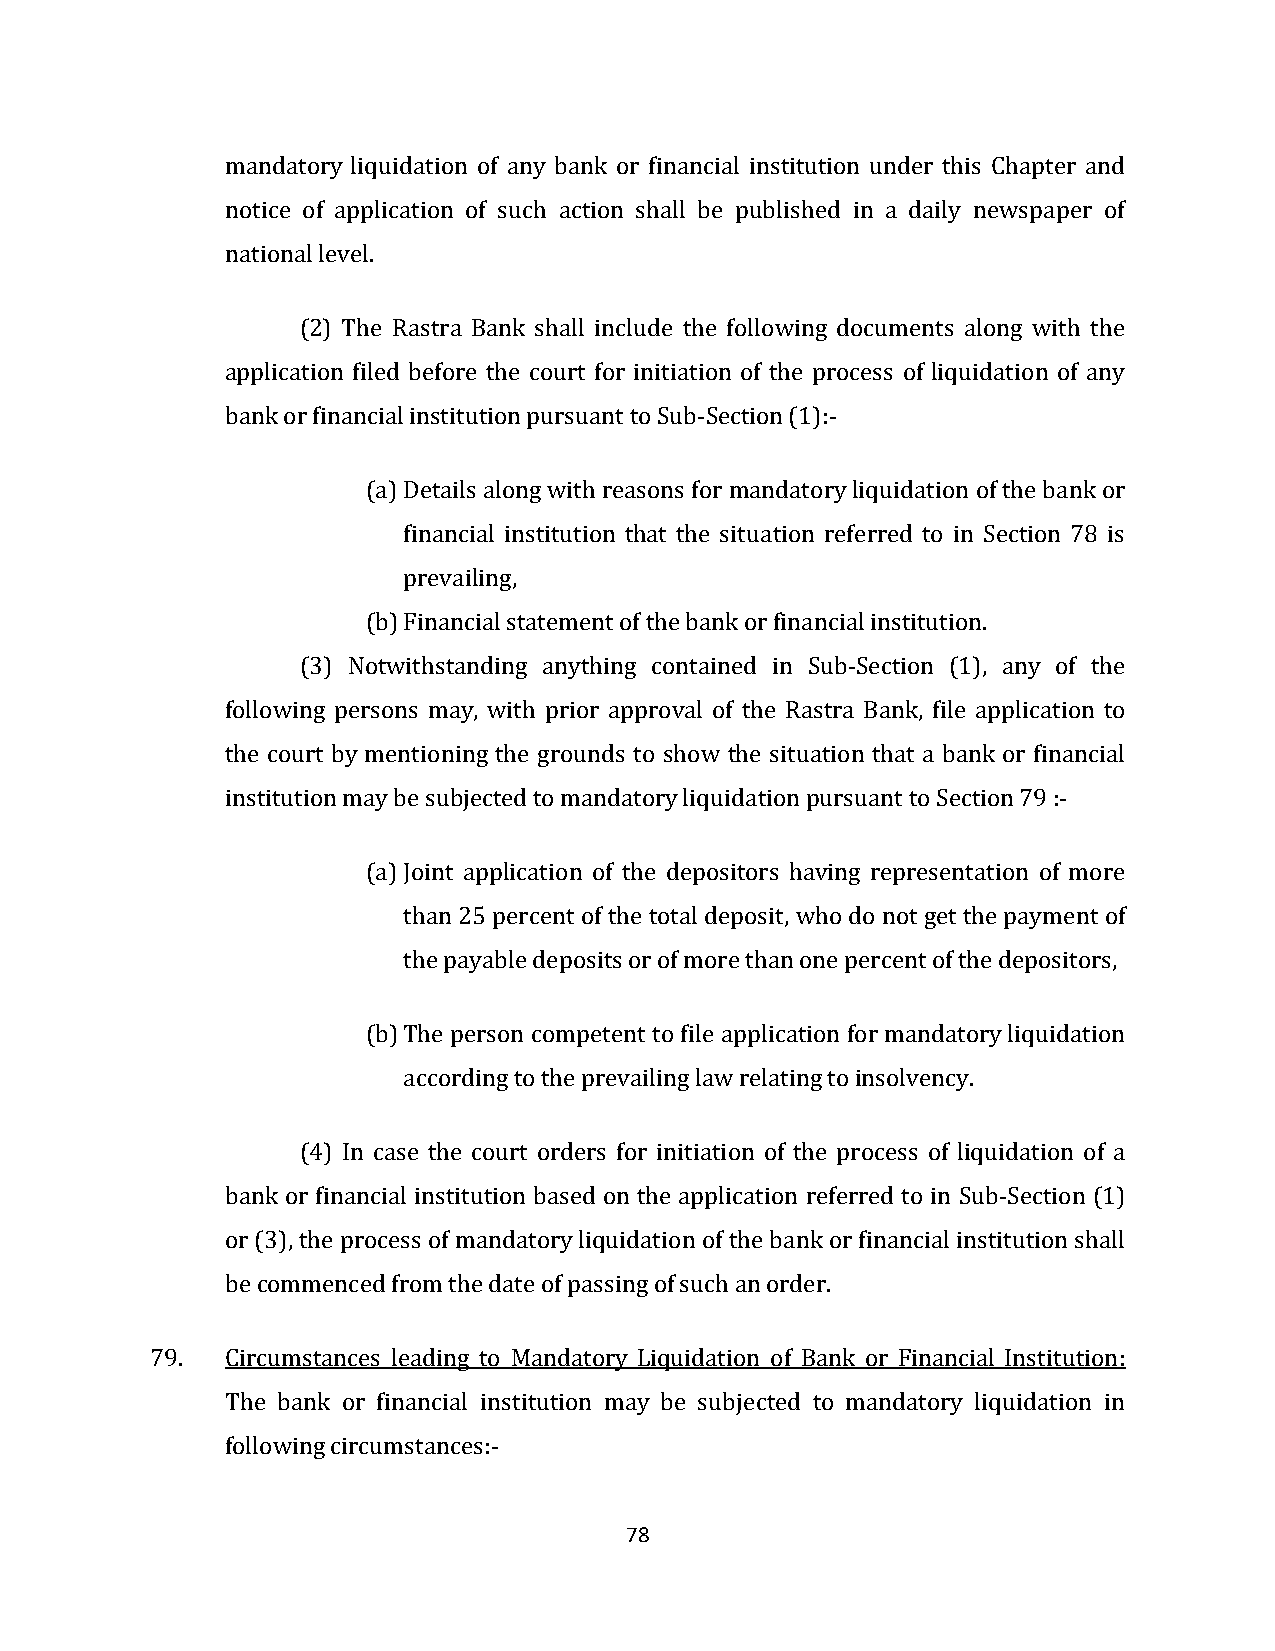
mandatory liquidation of any bank or financial institution under this Chapter and
 notice of application of such action shall be published in a daily newspaper of
 national level.
 (2) The Rastra Bank shall include the following documents along with the
 application filed before the court for initiation of the process of liquidation of any
 bank or financial institution pursuant to Sub-Section (1):-
 (a) Details along with reasons for mandatory liquidation of the bank or
 financial institution that the situation referred to in Section 78 is
 prevailing,
 (b) Financial statement of the bank or financial institution.
 (3) Notwithstanding anything contained in Sub-Section (1), any of the
 following persons may, with prior approval of the Rastra Bank, file application to
 the court by mentioning the grounds to show the situation that a bank or financial
 institution may be subjected to mandatory liquidation pursuant to Section 79 :-
 (a) Joint application of the depositors having representation of more
 than 25 percent of the total deposit, who do not get the payment of
 the payable deposits or of more than one percent of the depositors,
 (b) The person competent to file application for mandatory liquidation
 according to the prevailing law relating to insolvency.
 (4) In case the court orders for initiation of the process of liquidation of a
 bank or financial institution based on the application referred to in Sub-Section (1)
 or (3), the process of mandatory liquidation of the bank or financial institution shall
 be commenced from the date of passing of such an order.
 79.  Circumstances leading to Mandatory Liquidation of Bank or Financial Institution:
 The bank or financial institution may be subjected to mandatory liquidation in
 following circumstances:-
 78